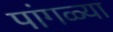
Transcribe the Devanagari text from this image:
पांगळ्या